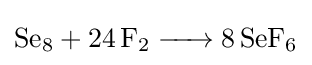
{\ce {Se8 + 24 F2 -> 8 SeF6}}